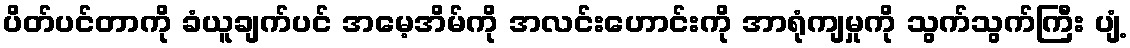
ပိတ်ပင်တာကို ခံယူချက်ပင် အမေ့အိမ်ကို အလင်းဟောင်းကို အာရုံကျမှုကို သွက်သွက်ကြီး ပျံ့